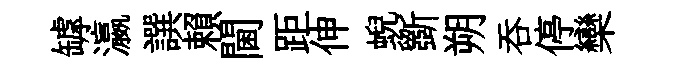
罅瀛譔賴閫距伸蜺斵朔呑停欒